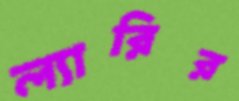
ল্যারির